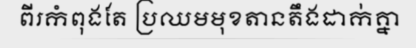
ពីរកំពុងតែ ប្រឈមមុខតានតឹងដាក់គ្នា